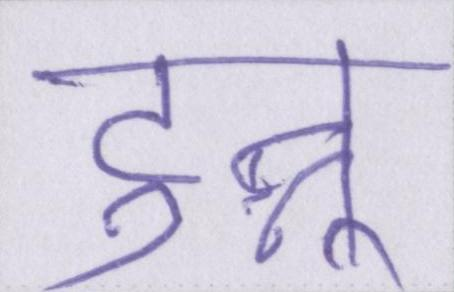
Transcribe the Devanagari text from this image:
टुन्नू